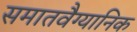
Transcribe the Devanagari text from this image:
समातवैग्यानिक